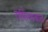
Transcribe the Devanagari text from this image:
राफियाबाद